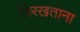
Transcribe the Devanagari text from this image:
निरखताना